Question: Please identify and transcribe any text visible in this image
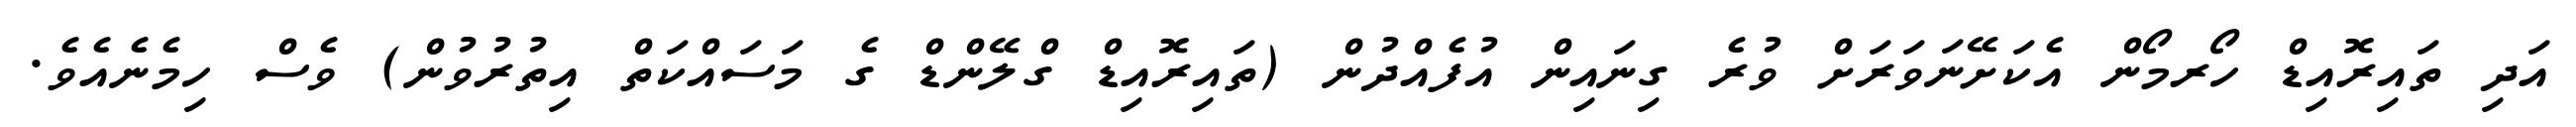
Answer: އަދި ތައިރޮއިޑް ހޯރމޯން އެކަށޭނަވަރަށް ވުރެ ގިނައިން އުފެއްދުން (ތައިރޮއިޑް ގްލޭންޑް ގެ މަސައްކަތް އިތުރުވުން) ވެސް ހިމެނެއެވެ.